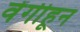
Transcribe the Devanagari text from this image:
वेंगीहून